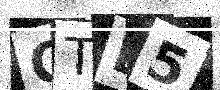
Text: CTL5